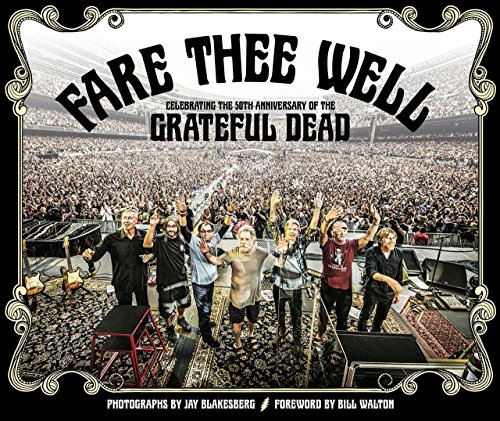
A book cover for Fare Thee Well: Celebrating the 50th Anniversary of the Grateful Dead; Arts & Photography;